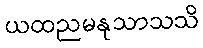
ယထညမနုသာသသိ